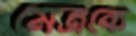
মৈত্রকে